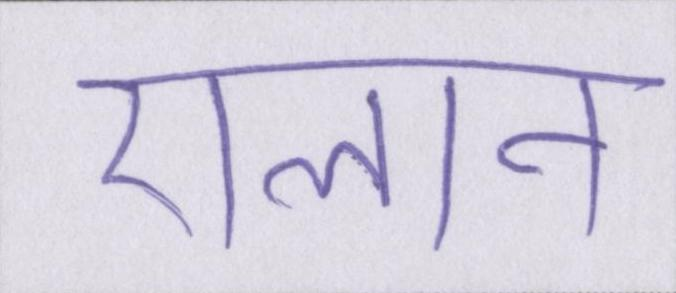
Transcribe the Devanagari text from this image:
ऐलान